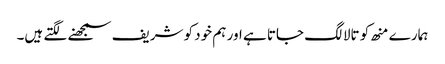
ہمارے منھ کو تالا لگ جاتا ہے اور ہم خود کو شریف سمجھنے لگتے ہیں۔